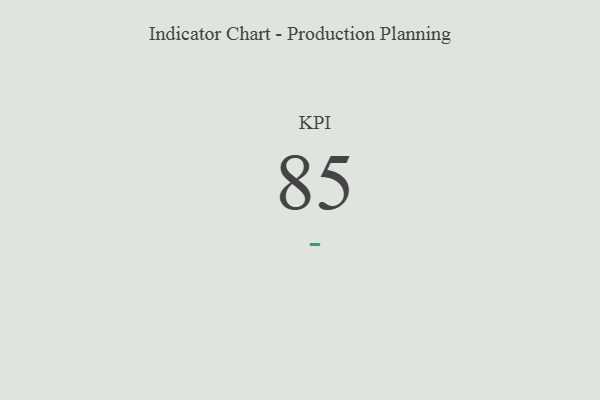
{"axis": {"x": "KPI", "y": "Value"}, "legend": [""], "data": [{"x": "KPI", "y": 85, "type": ""}]}